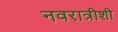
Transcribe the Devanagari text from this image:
नवरात्रीशी